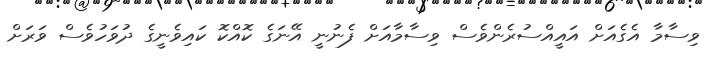
ވިސާމާ އެގެއަށް އައީއްސުރެންވެސް ވިސާމާއަށް ފެނުނީ އޭނަގެ ކޮއްކޮ ކައިވެނީގެ ދުވަހުވެސް ވަރަށް